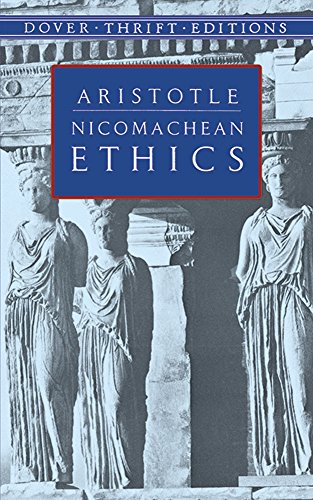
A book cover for Nicomachean Ethics (Dover Thrift Editions); Aristotle; Literature & Fiction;